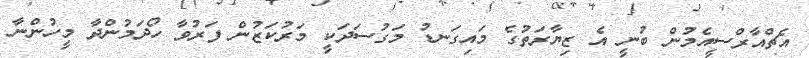
އެޗްއާރްސީއެމުން ބުނީ އެ ޒިޔާރަތުގެ މައިގަނޑު މަގުސަދަކީ މަރުކަޒުން ފަރުވާ ހޯދަމުންދާ މީހުންނާ